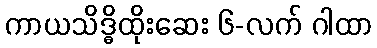
ကာယသိဒ္ဓိထိုးဆေး ၆-လက် ဂါထာ